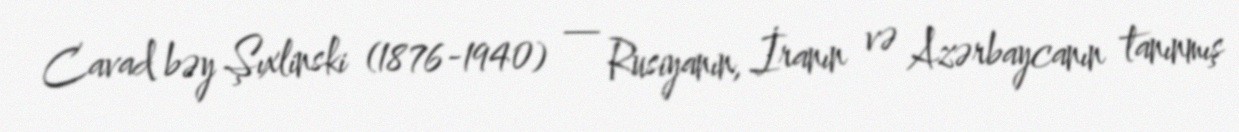
Cavad bəy Şıxlinski (1876-1940) — Rusiyanın, İranın və Azərbaycanın tanınmış